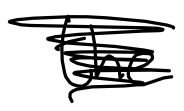
Text: in
Cross-out: scratch
Writing tool: digital_black